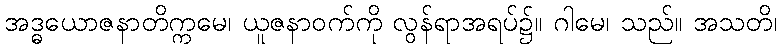
အဒ္ဓယောဇနာတိက္ကမေ၊ ယူဇနာဝက်ကို လွန်ရာအရပ်၌။ ဂါမေ၊ သည်။ အသတိ၊